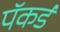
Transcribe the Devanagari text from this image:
पॅकर्ड